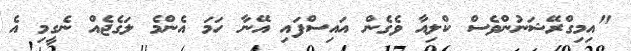
"އިމިގްރޭޝަނުންވެސް ކްލިއާ ވެގެން އައިސްފައި އޭނާ ހަމަ އެންމެ ލަގެޖެއް ނެގީމި އެ